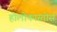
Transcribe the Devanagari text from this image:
होलोकास्तोस